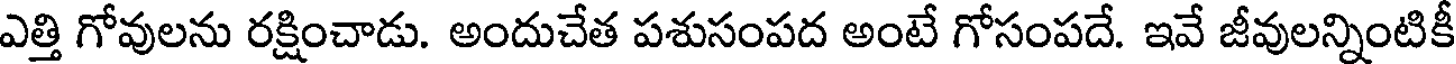
ఎత్తి గోవులను రక్షించాడు. అందుచేత పశుసంపద అంటే గోసంపదే. ఇవే జీవులన్నింటికీ